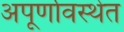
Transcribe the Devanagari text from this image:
अपूर्णावस्थेत